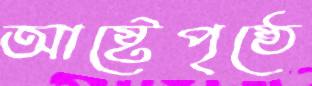
আষ্টেপৃষ্ঠে